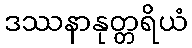
ဒဿနာနုတ္တရိယံ